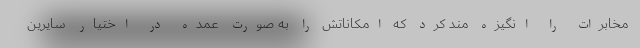
مخابرات را انگیزه مند کرد که امکاناتش را به صورت عمده در اختیار سایرین